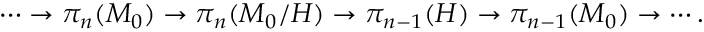
\cdots \rightarrow \pi _ { n } ( M _ { 0 } ) \rightarrow \pi _ { n } ( M _ { 0 } / H ) \rightarrow \pi _ { n - 1 } ( H ) \rightarrow \pi _ { n - 1 } ( M _ { 0 } ) \rightarrow \cdots .